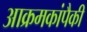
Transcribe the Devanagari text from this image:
आक्रमकांपैकी